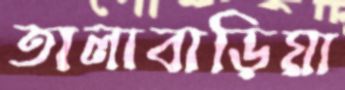
তালাবাড়িয়া